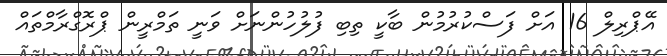
އޭޕްރިލް 16 އަށް ފަސްކުރުމުން ބާކީ ތިބި ފުލުހުންނަށް ވަނީ ތަމްރީން ޕްރޮގްރާމްތައް